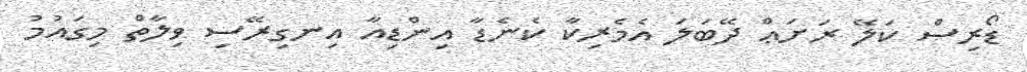
ޑޯރިސް ކަލޭ ރަށަޢް ދޭބަލަ އެމެރިކާ ކެނެޑާ އިންޑިއާ އިނގިރޭސި ވިލާތް މިގައުމު